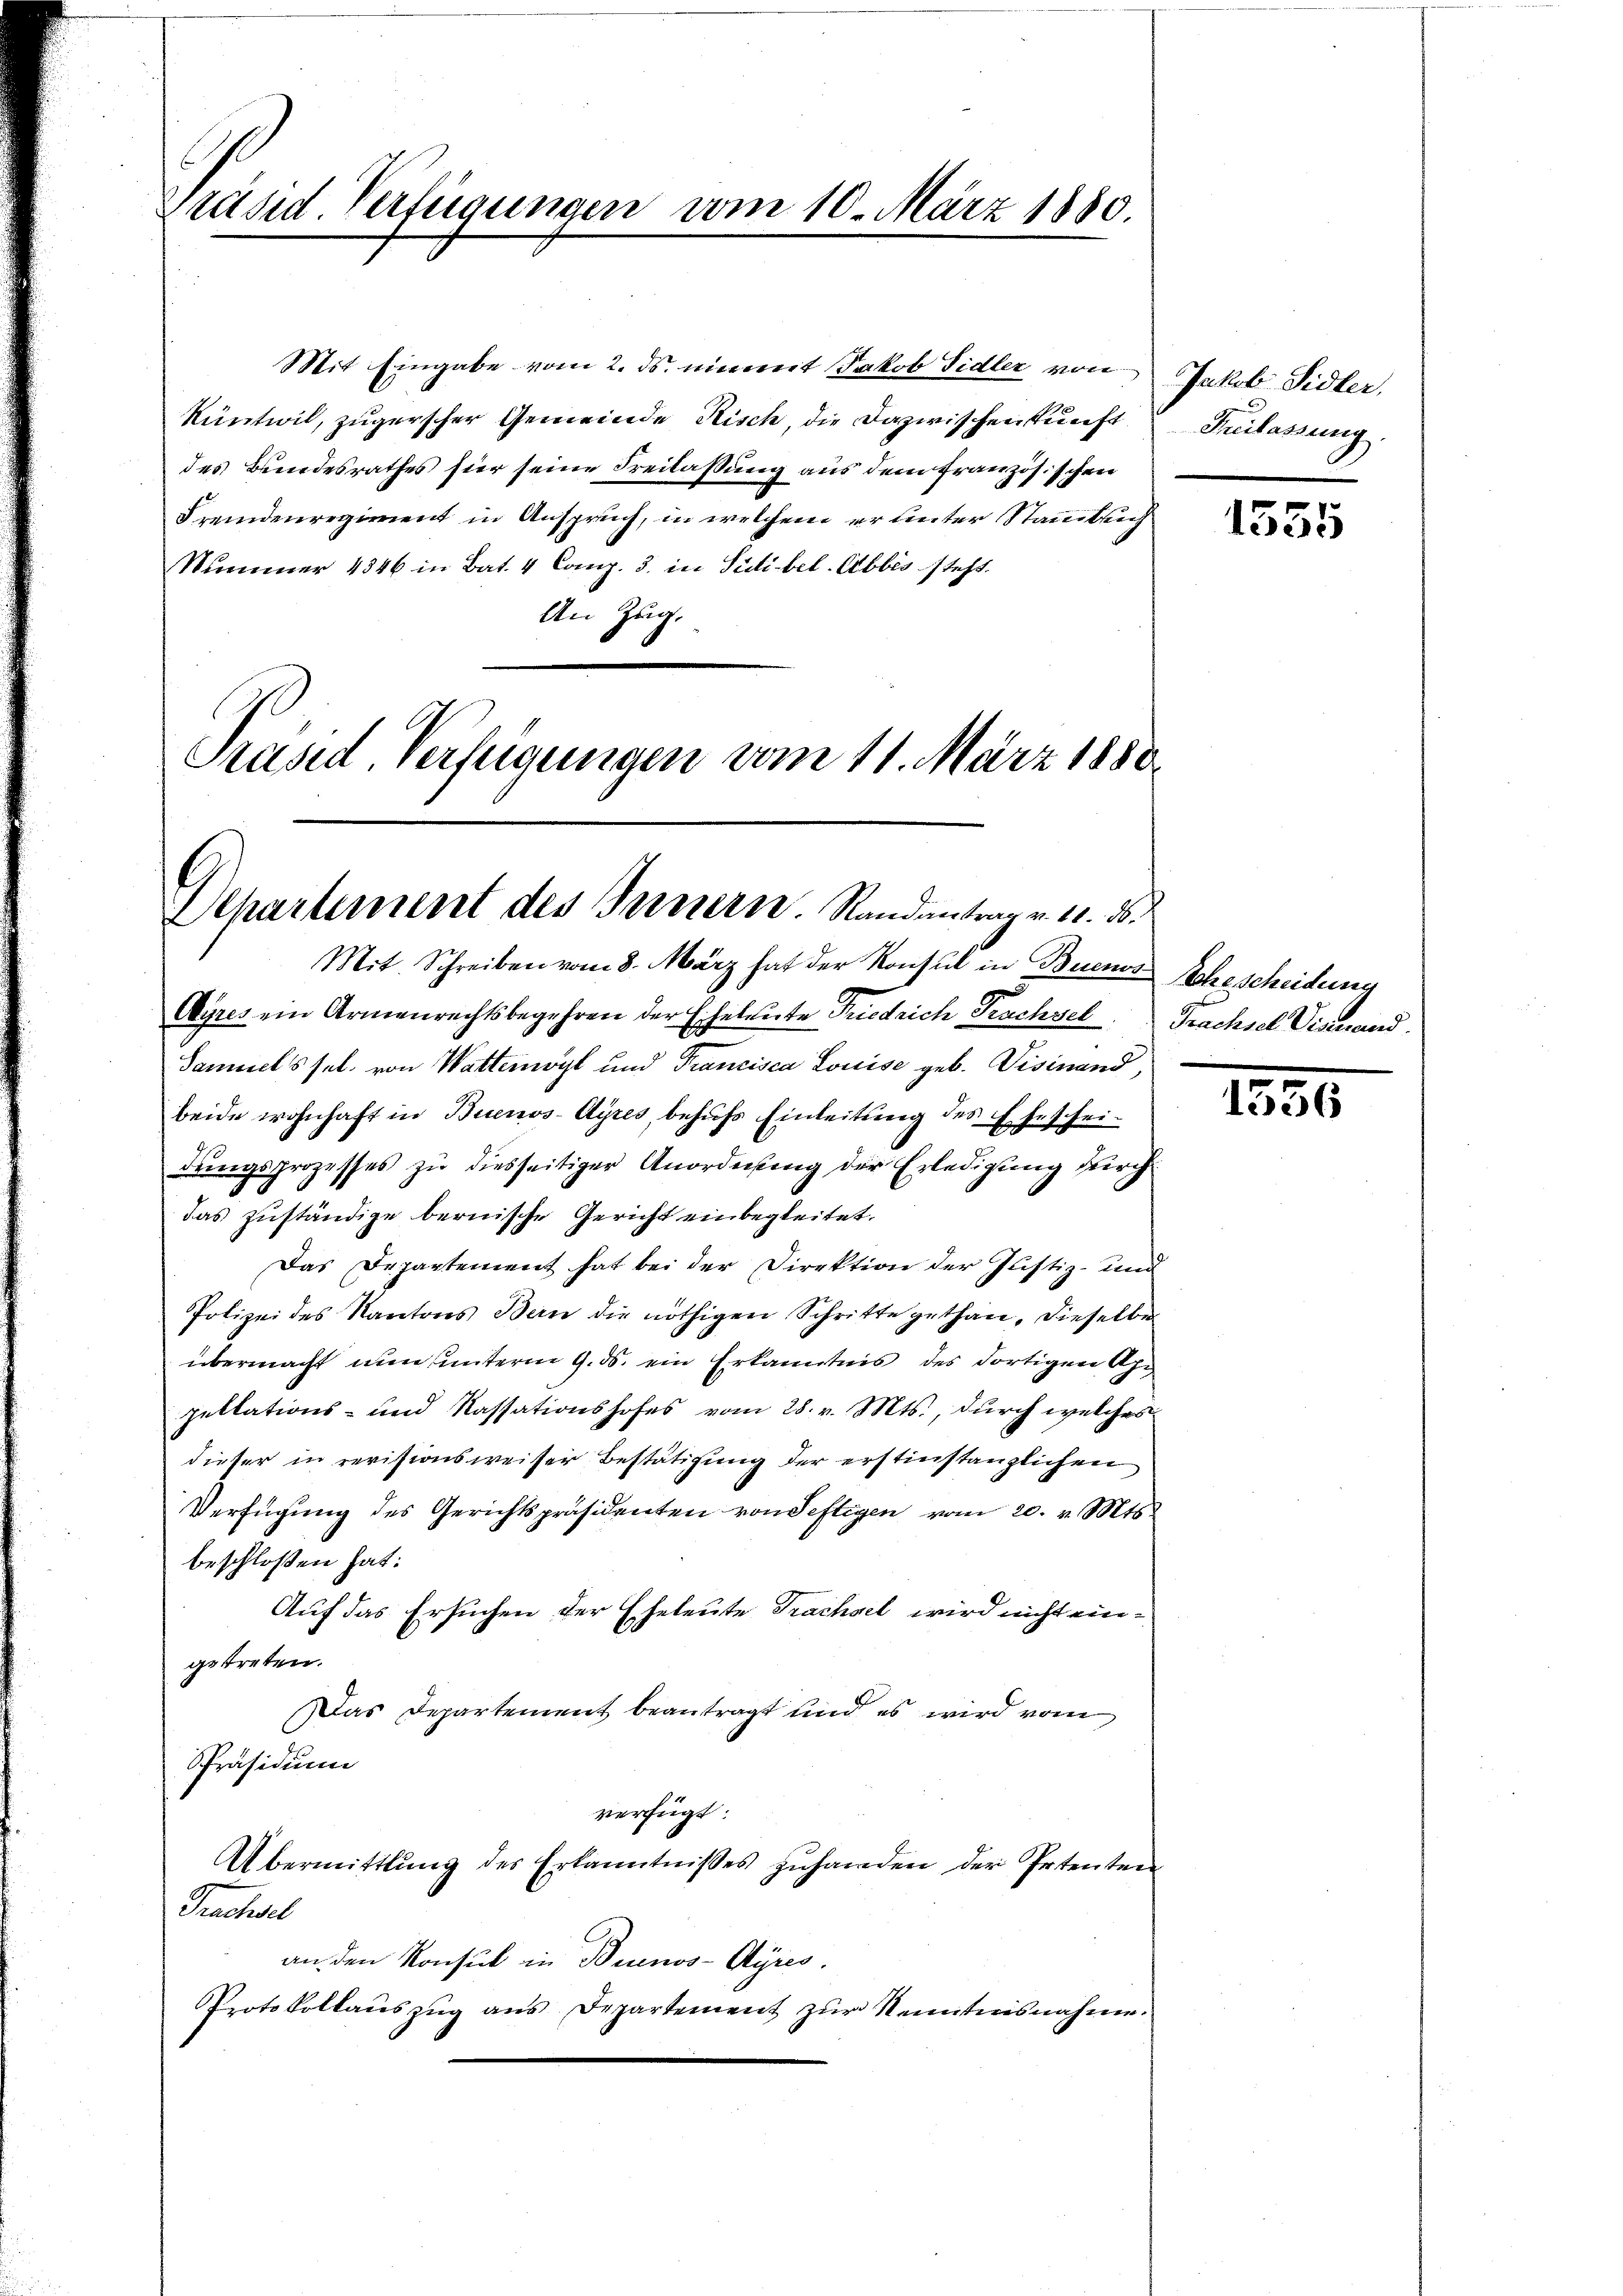
Präsid Verfügungen vom 10. März 1880.

Küntwil, zugerscher Gemeinde Risch, die Dazwischenkunft Beilassung
des Bundesrathes hier seine Freilassung aus dem französischen
Fremdenregiment in Anspruch, in welchem er unter Stammlung
Nummer 4346 in Bat. 4 Comp. 3. in Südtibel-Abbes steht.
An Zug.
Präsid. Verfügungen vom 11. März 1880

Mit Eingabe vom 2. ds. einweit Jakob Sidler von

Departement des Bernern. Randantrag v. 10. 56
Mit. Schreiben vom 8. März hat der Konsul in Buenos Schescheidung

Jakob Sidler,

Ayres ein Armenrechtsbegehren der E
feleiste Friedrich Prachsel Trachsel Viamand.
Sammels sel. von Wattenwyl und Franzisca Louise geb. Visinand
beide wohnhaft in Buenos-Ayres, behufs Einleitung des Ehescheidungsprozesses zu diesseitiger Anordnung der Erledigung durch
das zuständige bernische Gericht einbegleitet.
Das Departement hat bei der Direktion der Justiz- und
Polizei des Kantons Bern die nöthigen Schritte gethan, dieselbe
übermacht nun, unterm 9. ds. ein Erkanntnis des dortigen Apr
pellations- und Kassationshofes vom 28. v. Mts., durch welches
dieser in revisionsweiser Bestätigung der erstinstanzlichen
Verfügung des Gerichtspräsidenten von Seftigen vom 20. v. Mts.
beschlossen hat:
Auf das Ersuchen der Eheleute Prachsel wird nicht eingetreten.
Das Departement beantragt und es wird vom
Präsidium
verfügt:
Übermittlung des Erkanntnisses zŭhanden der Petenten-
Trachsel
an den Konsul in Buenos-Ayres.
Protokollauszug aus Departement zur Kenntnisnahme.

1555

1556